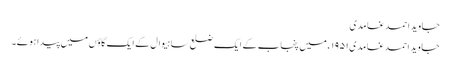
جاوید احمد غامدی
جاوید احمد غامدی۱۹۵۱ء میں پنجاب کے ایک ضلع ساہیوال کے ایک گاؤں میں پیدا ہوئے۔